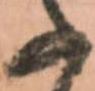
の